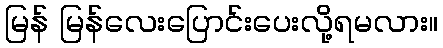
မြန် မြန်လေးပြောင်းပေးလို့ရမလား။